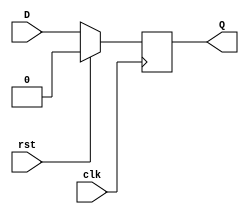
module dff_reset (
    input wire clk,
    input wire rst,
    input wire D,
    output reg Q
);

always @(posedge clk) begin
    if (rst) begin
        Q <= 0;
    end else begin
        Q <= D;
    end
end

endmodule